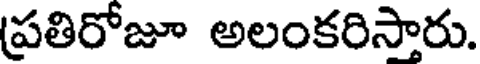
ప్రతిరోజూ అలంకరిసారు.